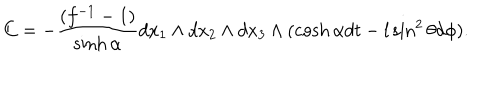
LaTeX: C = - \frac { ( f ^ { - 1 } - 1 ) } { \sinh \alpha } d x _ { 1 } \wedge d x _ { 2 } \wedge d x _ { 3 } \wedge ( \cosh \alpha d t - l \sin ^ { 2 } \theta d \phi ) .